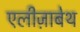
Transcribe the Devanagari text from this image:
एलीज़ाबेथ